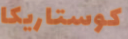
كوستاريكا